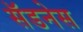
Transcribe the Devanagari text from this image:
सॅडनेस